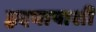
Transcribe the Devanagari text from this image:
हृदयापाशी